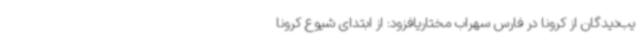
یب‌دیدگان از کرونا در فارس سهراب مختاریافزود: از ابتدای شیوع کرونا